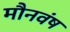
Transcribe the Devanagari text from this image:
मौनवंष